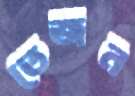
তেজন